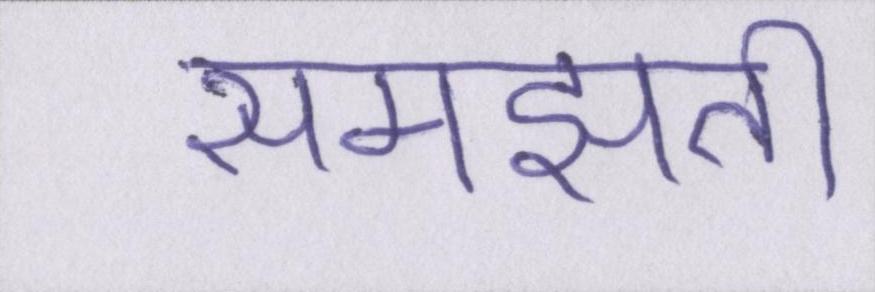
समझती